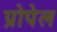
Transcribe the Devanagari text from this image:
प्रोपेल